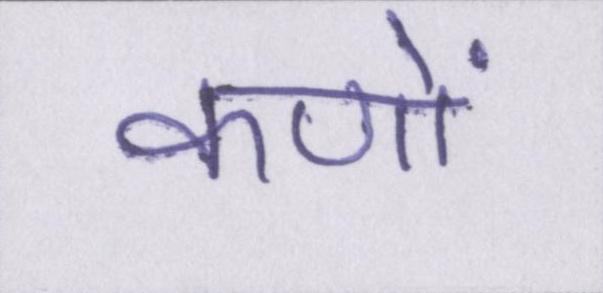
कणों